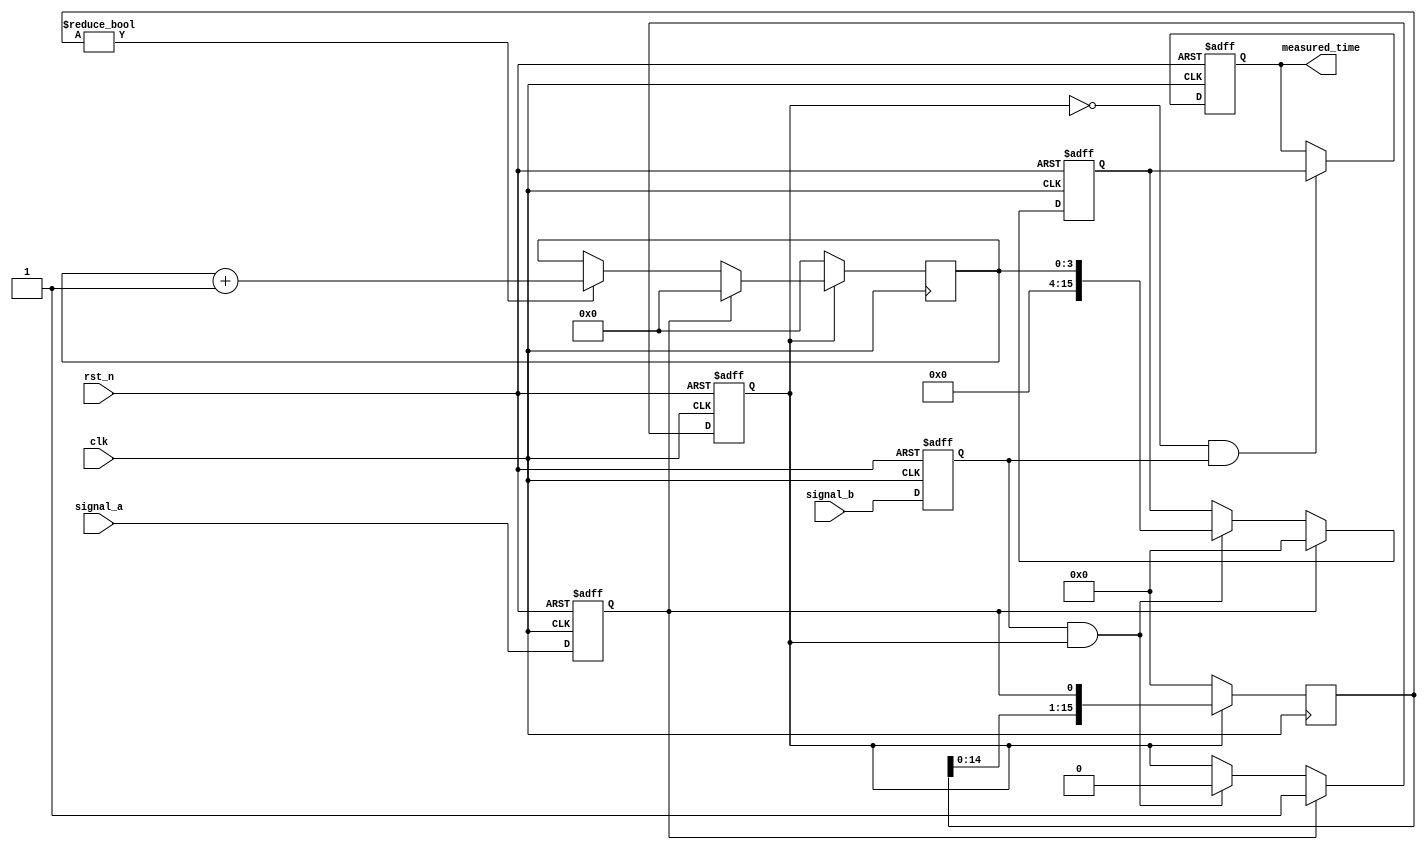
module TDC (
    input  wire clk,                // System clock
    input  wire rst_n,              // Active low reset
    input  wire signal_a,           // First input signal
    input  wire signal_b,           // Second input signal
    output reg [15:0] measured_time // Measured time in digital format
);

    // Parameters
    parameter DELAY_LINE_LENGTH = 16; // Number of delay stages
    reg [DELAY_LINE_LENGTH-1:0] delay_line; // Delay line for time measurement
    reg [3:0] tap; // Tap to determine closest measurement
    reg counting; // Counting enable flag
    reg [15:0] counter; // Counter to hold the measured time

    // Input signal conditioning
    reg signal_a_sync, signal_b_sync;
    
    always @(posedge clk or negedge rst_n) begin
        if (!rst_n) begin
            signal_a_sync <= 0;
            signal_b_sync <= 0;
        end else begin
            signal_a_sync <= signal_a;
            signal_b_sync <= signal_b;
        end
    end

    // Delay Line and Tapping Mechanism
    always @(posedge clk) begin
        if (counting) begin
            delay_line <= {delay_line[DELAY_LINE_LENGTH-2:0], signal_a_sync};
            if (signal_a_sync) begin
                tap <= 0; // Reset tap to zero on signal_a rising edge
            end else if (delay_line != 0) begin
                tap <= tap + 1; // Increment tap
            end
        end else begin
            delay_line <= 0; // Reset delay line
            tap <= 0; // Reset tap
        end
    end

    // Counter Logic
    always @(posedge clk or negedge rst_n) begin
        if (!rst_n) begin
            counter <= 0;
            counting <= 0;
        end else begin
            if (signal_a_sync) begin
                counter <= 0; // Start counting on signal_a rising edge
                counting <= 1; // Enable counting
            end else if (signal_b_sync && counting) begin
                counter <= tap; // Capture time when signal_b rising edge occurs
                counting <= 0; // Disable counting
            end
        end
    end

    // Output Measurement
    always @(posedge clk or negedge rst_n) begin
        if (!rst_n) begin
            measured_time <= 0;
        end else if (!counting && signal_b_sync) begin
            measured_time <= counter; // Output the measured time
        end
    end

endmodule